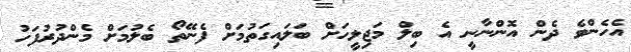
އެހެންވެ ދެން އޮންނާނީ އެ ބިލް މަޖިލީހަށް ބަލައިގަތުމަށް ފެނޭތޯ ބެލުމަށް މެންދުރުފަހު